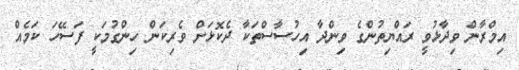
އިމްރާން ވިދާޅުވީ ރައްޔިތުންގެ ވިންދާ އިހުސާސްތަކާ ދެކޮޅަށް ވެރިކަން ހިންގުމަކީ ފަސޭހަ ކަމެއް